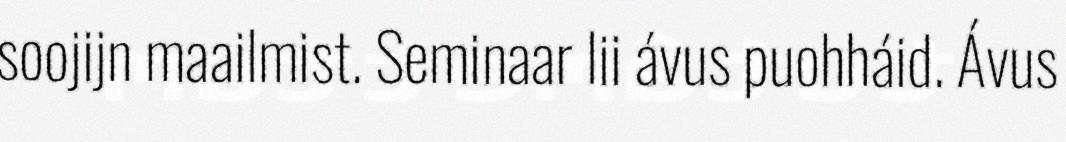
soojijn maailmist. Seminaar lii ávus puohháid. Ávus